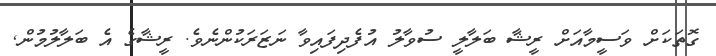
ގޮތަކަށް ވަސީމާއަށް ރީޝާ ބަލާލީީ ސުވާލު އުފެދިފައިވާ ނަޒަރަކުންނެވެ. ރީޝާގެ އެ ބަލާލުމުން